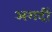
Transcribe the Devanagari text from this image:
अगदीं